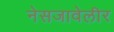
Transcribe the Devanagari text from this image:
नेसजावेलीर